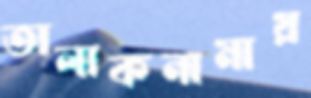
তালাকনামায়